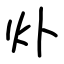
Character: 𤆊